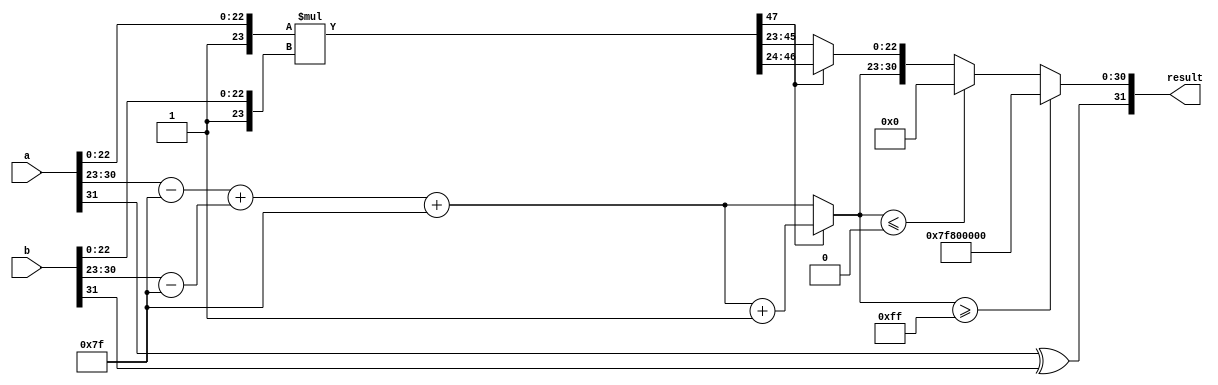
module fp_multiplier (
    input [31:0] a, // First floating-point operand
    input [31:0] b, // Second floating-point operand
    output reg [31:0] result // Resulting floating-point product
);

    // Internal signals
    wire [7:0] exponent_a, exponent_b;
    wire [7:0] exponent_result;
    wire [23:0] mantissa_a, mantissa_b;
    wire [47:0] mantissa_product; // 24 + 24 = 48 bits for mantissa product
    wire sign_a, sign_b, sign_result;
    wire [7:0] adjusted_exponent_a, adjusted_exponent_b;
    wire [23:0] normalized_mantissa;
    reg [7:0] final_exponent;
    reg [23:0] final_mantissa;

    // Extract sign, exponent, and mantissa
    assign sign_a = a[31];
    assign exponent_a = a[30:23];
    assign mantissa_a = {1'b1, a[22:0]}; // Implicit leading 1

    assign sign_b = b[31];
    assign exponent_b = b[30:23];
    assign mantissa_b = {1'b1, b[22:0]}; // Implicit leading 1

    // Sign calculation
    assign sign_result = sign_a ^ sign_b;

    // Exponent adjustment (subtract bias)
    assign adjusted_exponent_a = exponent_a - 8'd127;
    assign adjusted_exponent_b = exponent_b - 8'd127;

    // Exponent calculation
    assign exponent_result = adjusted_exponent_a + adjusted_exponent_b + 8'd127;

    // Mantissa multiplication
    assign mantissa_product = mantissa_a * mantissa_b;

    // Normalization
    always @(*) begin
        if (mantissa_product[47]) begin
            // If the leading bit is 1, it's already normalized
            final_mantissa = mantissa_product[46:24]; // 23 bits
            final_exponent = exponent_result + 1; // Increment exponent
        end else begin
            // Shift right to normalize
            final_mantissa = mantissa_product[45:23]; // 23 bits
            final_exponent = exponent_result; // No increment
        end

        // Handle overflow
        if (final_exponent >= 8'd255) begin
            result = {sign_result, 8'd255, 23'b0}; // Set to infinity
        end else if (final_exponent <= 8'd0) begin
            result = {sign_result, 8'd0, 23'b0}; // Set to zero
        end else begin
            // Assemble the final result
            result = {sign_result, final_exponent[7:0], final_mantissa[22:0]};
        end
    end

endmodule